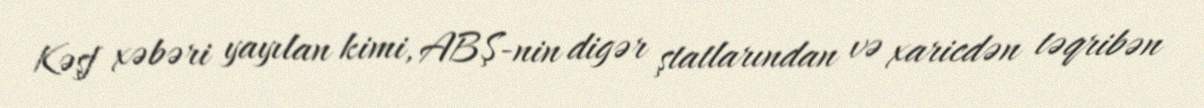
Kəşf xəbəri yayılan kimi, ABŞ-nin digər ştatlarından və xaricdən təqribən